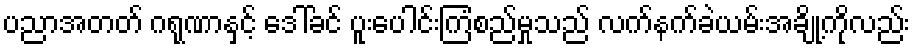
ပညာအတတ် ဂရုဏာနှင့် ဒေါ်ခင် ပူးပေါင်းကြံစည်မှုသည် လက်နက်ခဲယမ်းအချို့ကိုလည်း